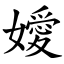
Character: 嬡